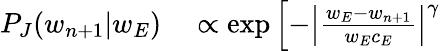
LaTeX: \begin{array}{r}{\begin{array}{rl}{P_{J}(w_{n+1}\vert w_{E})}&{{}\propto\exp\left[-\left\vert\frac{w_{E}-w_{n+1}}{w_{E}c_{E}}\right\vert^{\gamma}\right.}\end{array}}\end{array}